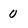
Character: 0